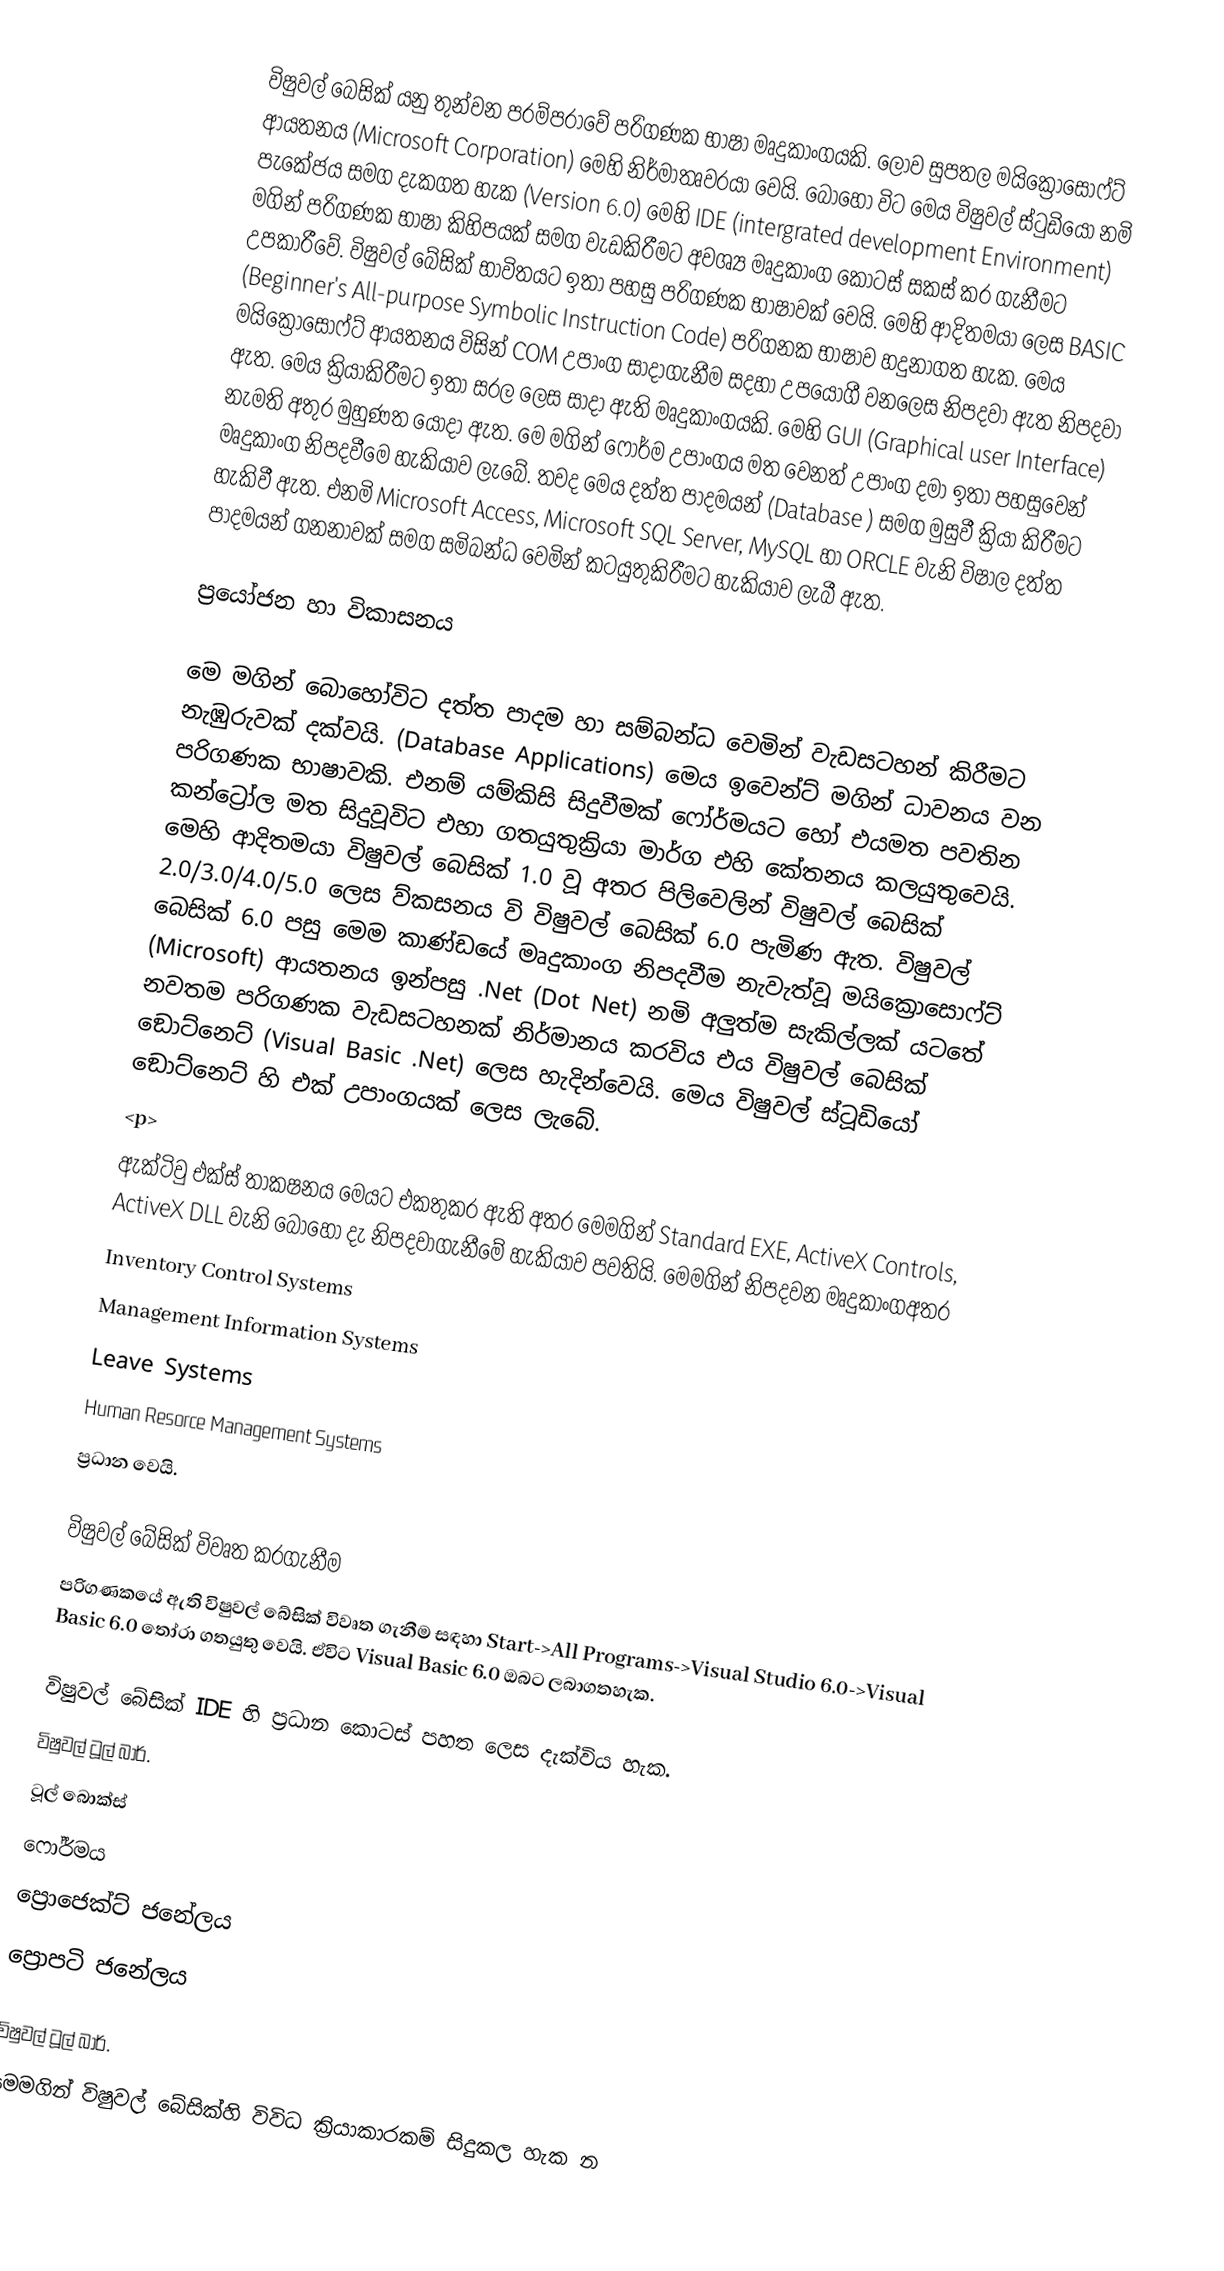
විෂුවල් බෙසික් යනු ‍තුන්වන පරම්පරාවේ පරිගණක භාෂා මෘදුකාංගයකි. ලොව සුපතල මයික්‍රොසොෆ්ට් ආයතනය (Microsoft Corporation)  මෙහි නිර්මාතෘවරයා වෙයි. බොහෝ විට මෙය විෂුවල් ස්ටුඩියෝ නමි පැකේජය සමග දැකගත හැක (Version 6.0) මෙහි IDE (intergrated development Environment) මගින් පරිගණක භාෂා කිහිපයක් සමග වැඩකිරීමට අවශ්‍ය මෘදුකාංග කොටස් සකස් කර ගැනීමට උපකාරීවේ. විෂුවල් බේසික් භාවිතයට ඉතා පහසු පරිගණක භාෂාවක් වෙයි. මෙහි ආදිතමයා ලෙස BASIC (Beginner's All-purpose Symbolic Instruction Code) පරිගනක භා‍ෂාව හදුනාගත හැක. මෙය මයික්‍රොසොෆ්ට් ආයතනය විසින් COM උපාංග සාදාගැනීම සදහා උපයෝගී වනලෙස නිපදවා ඇත නිපදවා ඇත. මෙය ක්‍රියාකිරීමට ඉතා සරල ලෙස සාදා ඇති මෘදුකාංගයකි. මෙහි GUI (Graphical user Interface) නැමති අතුර මුහුණත යොදා ඇත. මෙ මගින් ෆෝර්ම උපාංගය මත වෙනත් උපාංග දමා ඉතා පහසුවෙන් මෘදුකාංග නිපදවීමෙ හැකියාව ලැබේ. තවද මෙය දත්ත පාදමයන් (Database ) සමග මුසුවී ක්‍රියා කිරීමට හැකිවී ඇත. එනමි Microsoft Access, Microsoft SQL Server, MySQL හා ORCLE වැනි විෂාල දත්ත පාදමයන් ගනනාවක් සමග සමිබන්ධ වෙමින් කටයුතුකිරීමට හැකියාව ලැබී ඇත.

ප්‍රයෝජන හා විකාසනය

මෙ මගින් බොහෝවිට දත්ත පාදම හා සම්බන්ධ වෙමින් වැඩසටහන් කිරීමට නැඹුරුවක් දක්වයි. (Database Applications) මෙය ඉවෙන්ට් මගින් ධාවනය වන පරිගණක භාෂාවකි. එනම් යම්කිසි සිදුවීමක් ෆෝර්මයට හෝ එයමත පවතින කන්ට්‍රෝල මත සිදුවූවිට එහා ගතයුතුක්‍රියා මාර්ග එහි කේතනය කලයුතුවෙයි. මෙහි ආදිතමයා විෂුවල් බෙසික් 1.0 වූ අතර පිලිවෙලින් විෂුවල් බෙසික් 2.0/3.0/4.0/5.0 ලෙස ව්කසනය වි විෂුවල් බෙසික් 6.0 පැමිණ ඇත. විෂුවල් බෙසික් 6.0 පසු මෙම කාණ්ඩයේ මෘදුකාංග නිපදවීම නැවැත්වූ මයික්‍රොසොෆ්ට් (Microsoft) ආයතනය ඉන්පසු .Net (Dot Net) නමි අලුත්ම සැකිල්ලක් යටතේ නවතම පරිගණක වැඩසටහනක් නිර්මානය කරවිය එය විෂුවල් බෙසික් ඞොට්නෙට් (Visual Basic .Net) ලෙස හැදින්වෙයි. මෙය විෂුවල් ස්ටූඩියෝ ඞොට්නෙට් හි එක් උපාංගයක් ලෙස ලැබේ.
<p>
ඇක්ටිවු එක්ස් තාකෂනය මෙයට එකතුකර ඇති අතර මෙමගින් Standard EXE, ActiveX Controls, ActiveX DLL වැනි බොහෝ දැ නිපදවාගැනීමේ හැකියාව පවතියි. මෙමගින් නිපදවන මෘදුකාංගඅතර
 Inventory Control Systems
 Management Information Systems
 Leave Systems
 Human Resorce Management Systems
ප්‍රධාන වෙයි.

විෂුවල් බේසික් විවෘත කරගැනීම
පරිගණකයේ ඇති විෂුවල් බේසික් විවෘත ගැනීම ස‍ඳහා Start->All Programs->Visual Studio 6.0->Visual Basic 6.0 තෝරා ගතයුතු වෙයි. ඒවිට Visual Basic 6.0 ඔබට ලබාගතහැක.

විෂුවල් බේසික් IDE හි ප්‍රධාන කොටස් පහත ලෙස දැක්විය හැක.
 විෂුවල් ටූල් බාර්.
 ටූල් බොක්ස්
 ෆෝර්මය
 ප්‍රොජෙක්ට් ජනේලය
 ප්‍රොපටි ජනේලය

විෂුවල් ටූල් බාර්.
මෙමගින් විෂුවල් බේසික්හි විවිධ ක්‍රියාකාරකම් සිදුකල හැක න